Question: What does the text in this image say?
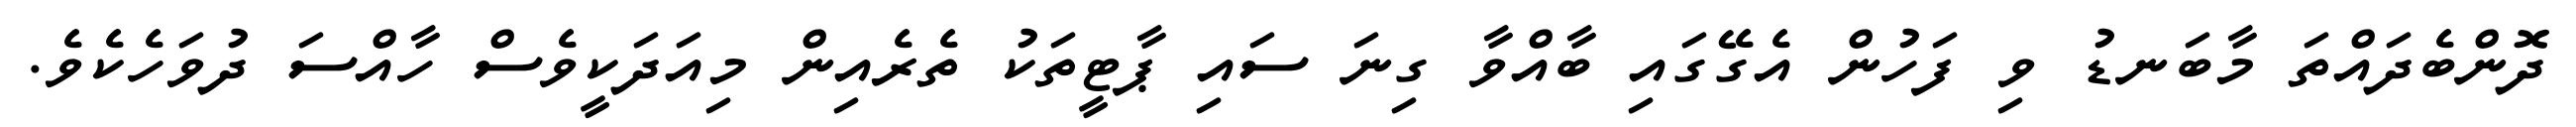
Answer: ދޮންބެދައްތަ މާބަނޑު ވި ފަހުން އެގޭގައި ބާއްވާ ގިނަ ސައި ޕާޓީތަކު ތެރެއިން މިއަދަކީވެސް ހާއްސަ ދުވަހެކެވެ.